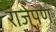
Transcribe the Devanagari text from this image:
राजेपण